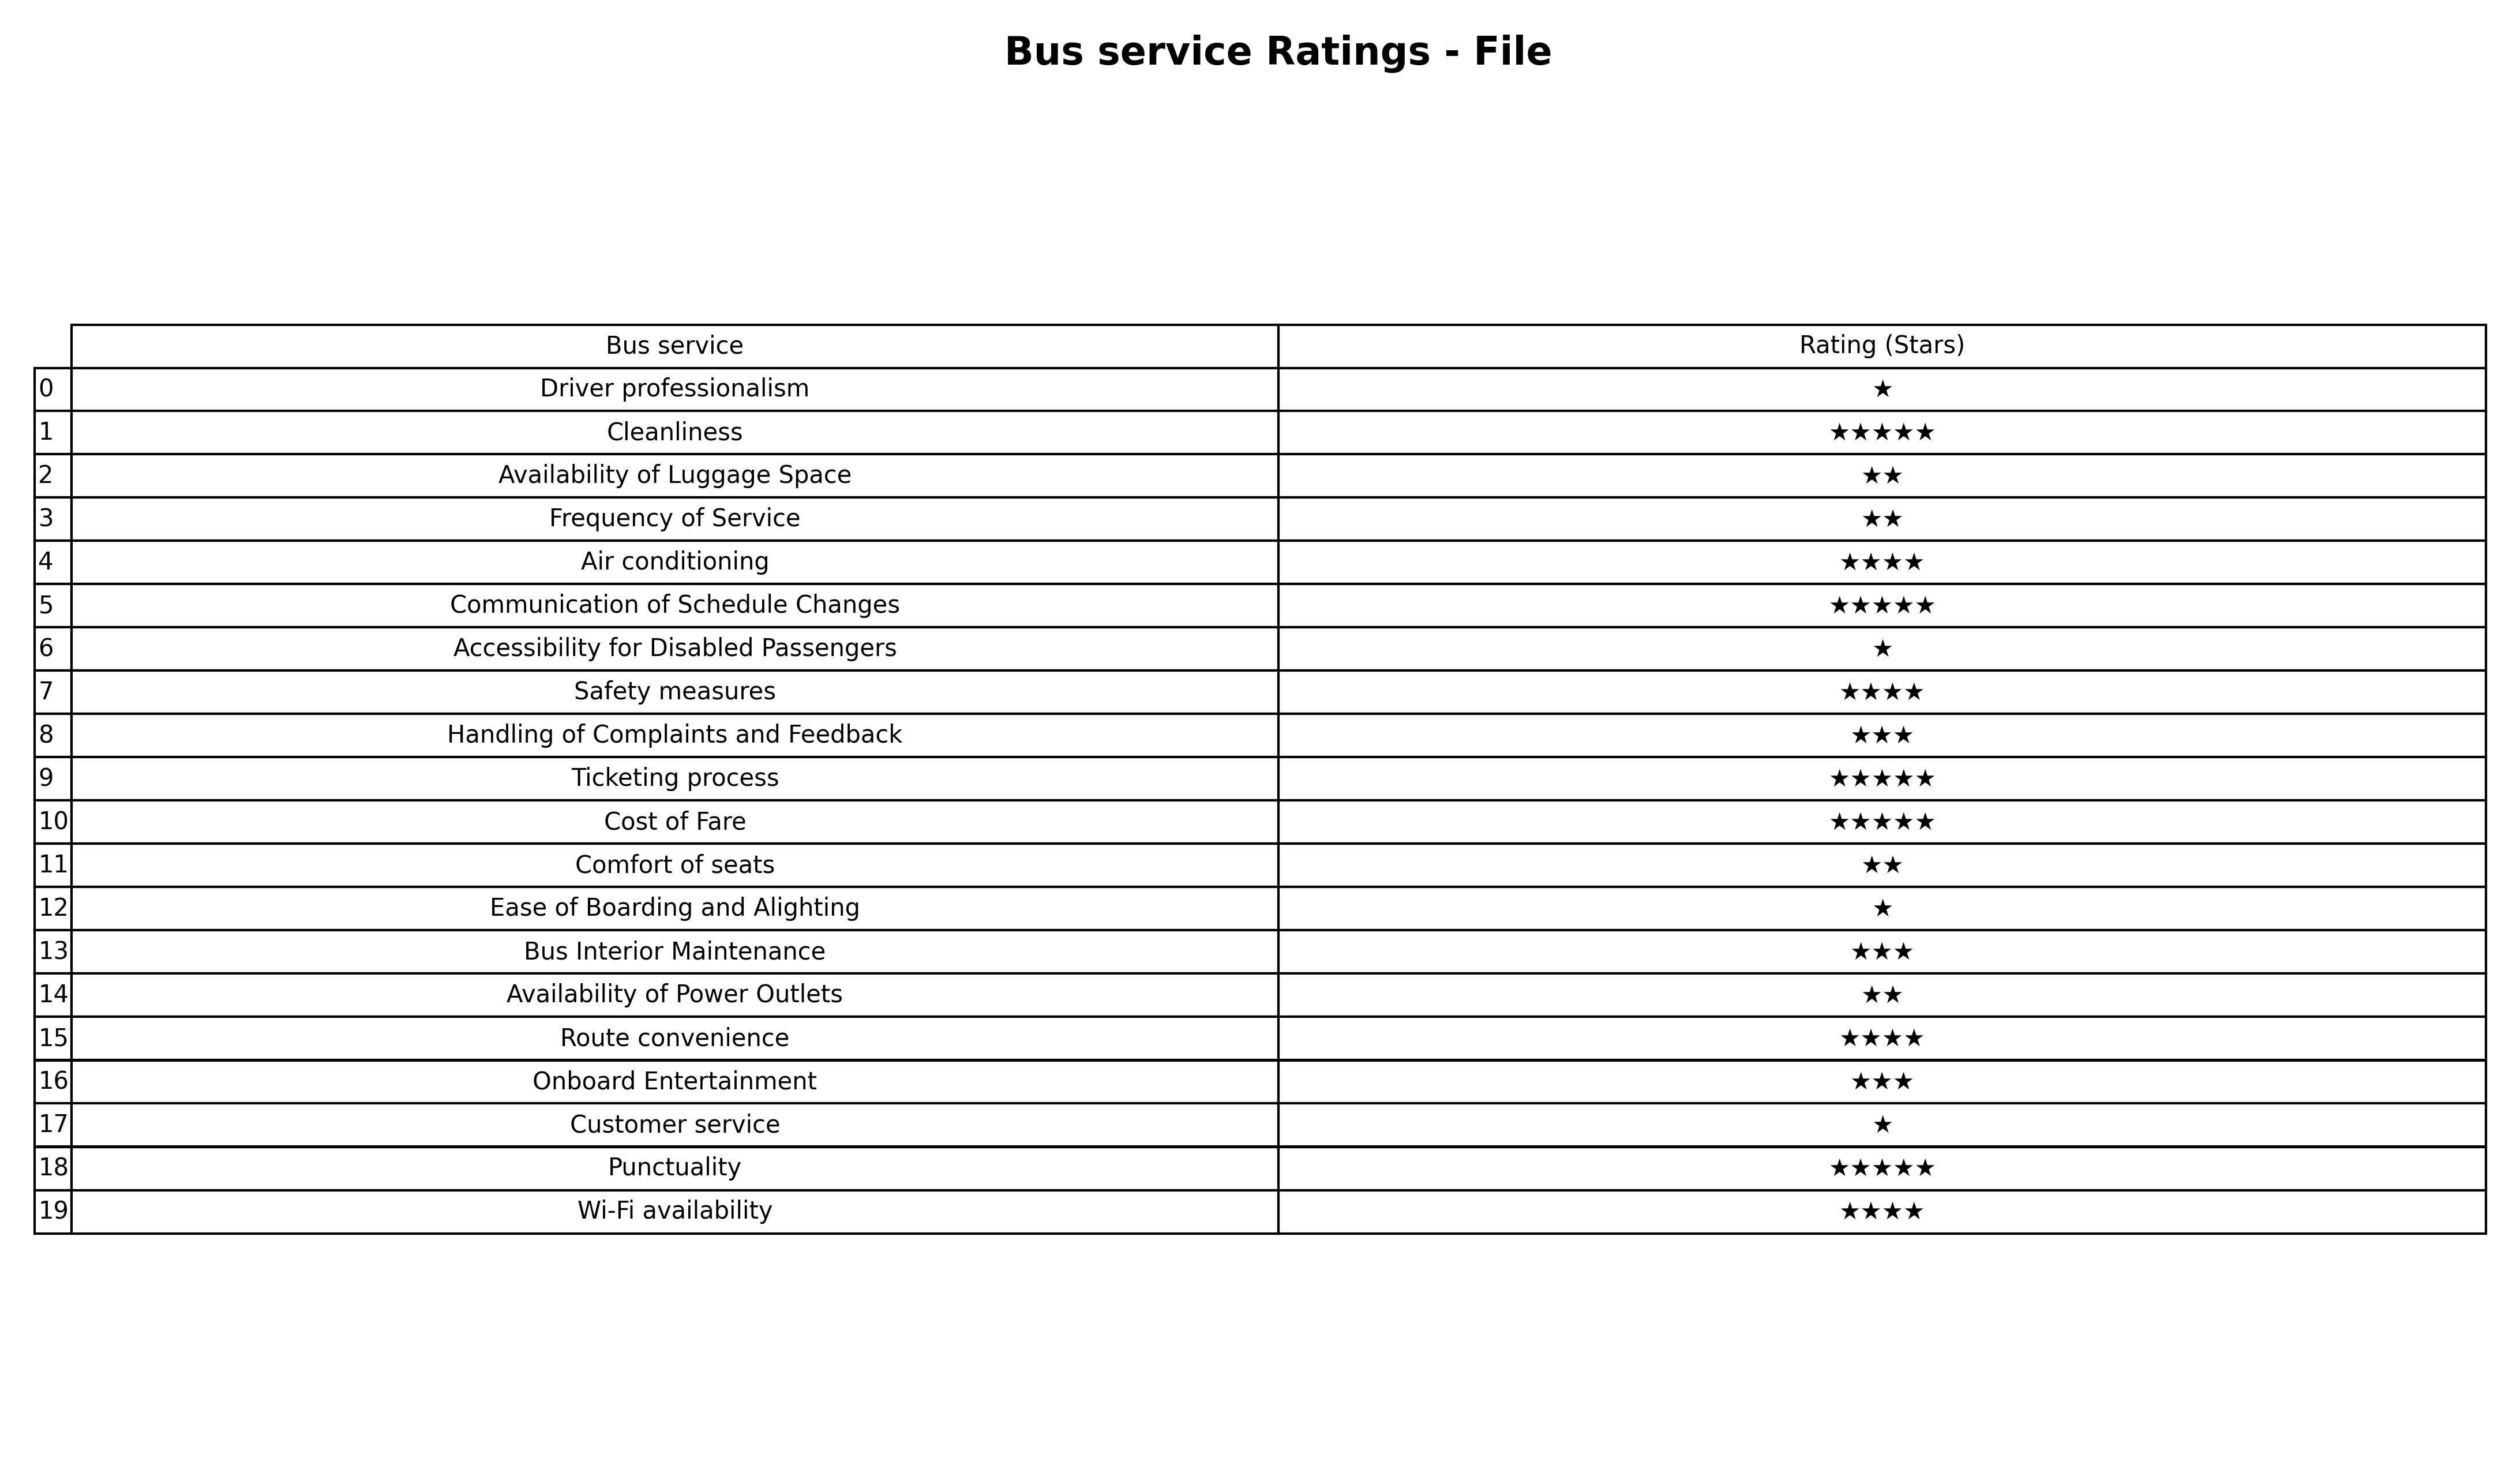
question: What is the rating of Cleanliness?
answer: ★★★★★